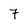
Character: 7